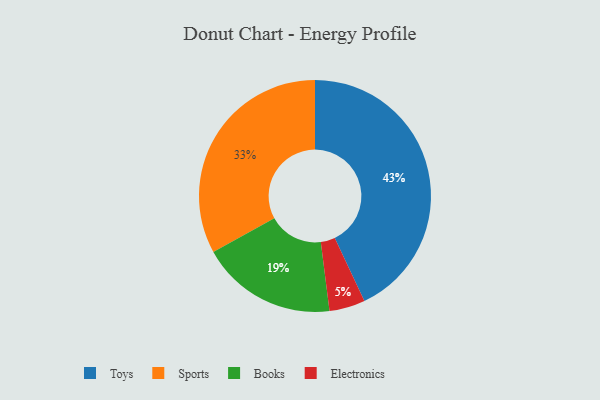
{"axis": {"x": "Category", "y": "Percentage"}, "legend": ["Books", "Electronics", "Sports", "Toys"], "data": [{"x": "Sports", "y": 33, "type": "Sports"}, {"x": "Electronics", "y": 5, "type": "Electronics"}, {"x": "Toys", "y": 43, "type": "Toys"}, {"x": "Books", "y": 19, "type": "Books"}]}